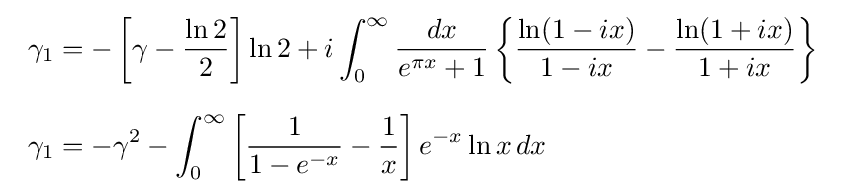
{\begin{array}{l}\displaystyle \gamma _{1}=-\left[\gamma -{\frac {\ln 2}{2}}\right]\ln 2+i\int _{0}^{\infty }{\frac {dx}{e^{\pi x}+1}}\left\{{\frac {\ln(1-ix)}{1-ix}}-{\frac {\ln(1+ix)}{1+ix}}\right\}\\[6mm]\displaystyle \gamma _{1}=-\gamma ^{2}-\int _{0}^{\infty }\left[{\frac {1}{1-e^{-x}}}-{\frac {1}{x}}\right]e^{-x}\ln x\,dx\end{array}}